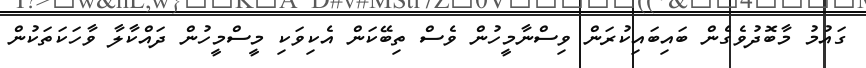
ގައުމު މާބޮދުވެގެން ބައިބައިކުރަން ވިސްނާމީހުން ވެސް ތިބޭކަން އެކިވަކި މީސްމީހުން ދައްކާލާ ވާހަކަތަކުން